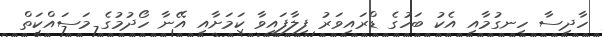
ހާދިސާ ހިނގުމާއި އެކު ބަހުގެ ޑްރައިވަރު ފިލާފައިވާ ކަމަށާއި އޭނާ ހޯދުމުގެ މަސައްކަތް